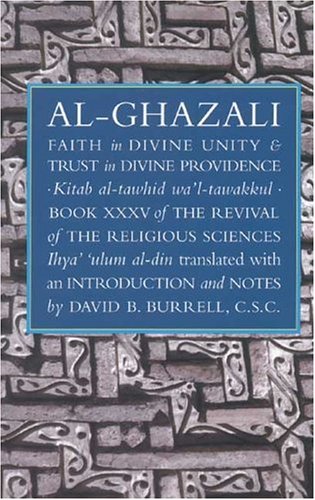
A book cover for Faith in Divine Unity and Trust in Divine Providence: The Revival of the Religious Sciences Book XXXV (The Revival of the Religious Sciences, Book 35); Abu Hamid Muhammad al-Ghazali; Religion & Spirituality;